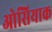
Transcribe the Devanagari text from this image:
ओसियाक